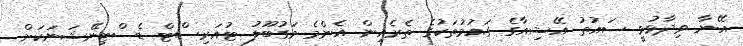
އޭނާ ވިދާޅުވީ ސައުތު އޭޝިއާގެ ގައުމުތަކުގެ ތެރެއިން އެންމެ މަގުބޫލު ޓުއަރިސްޓް ޑެސްޓިނޭޝަނަކަށް